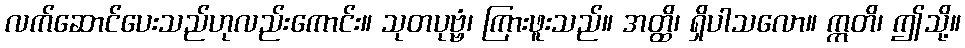
လက်ဆောင်ပေးသည်ဟုလည်းကောင်း။ သုတပုဗ္ဗံ၊ ကြားဖူးသည်။ အတ္ထိ၊ ရှိပါသလော။ ဣတိ၊ ဤသို့။